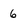
Character: 6